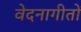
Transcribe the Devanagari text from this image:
वेदनागीतों